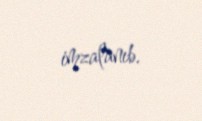
imzalanıb.